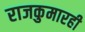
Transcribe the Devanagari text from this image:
राजकुमारही